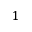
1